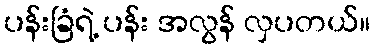
ပန်းခြံရဲ့ ပန်း အလွန် လှပတယ်။